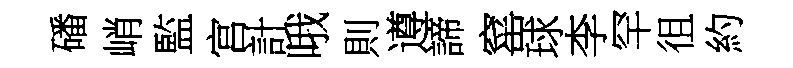
磻峭監宫計哦則遵諦窰球李罕徂約